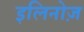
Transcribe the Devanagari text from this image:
इलिनोज़